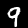
Label: 9